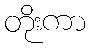
တိုးကာ